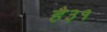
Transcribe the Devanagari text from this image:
है३१